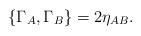
LaTeX: \begin{align*}{\lbrace \Gamma_A, \Gamma_B \rbrace = 2\eta_{AB}.}\end{align*}